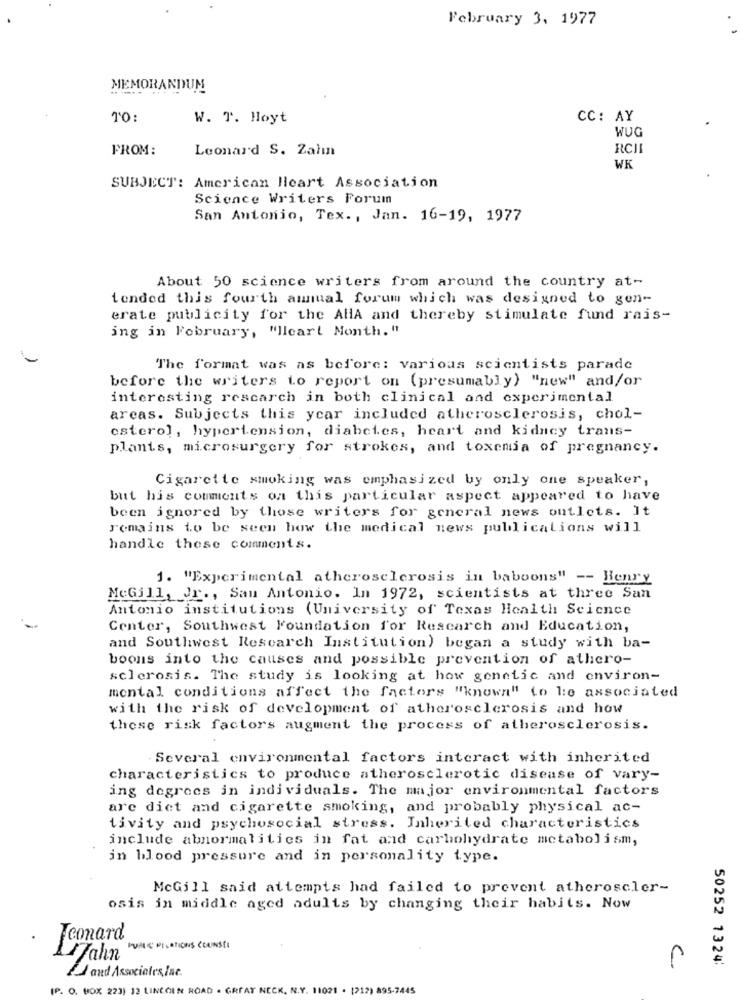
February 3, 1977
MEMORANDUM
TO:
W. T. Hoyt
CC: AY
WUG
FROM:
Leonard S. Zahn
RCII
WK
SUBJECT: American Heart Association
Science Writers Forum
San Antonio, Tex ., Jan. 16-19, 1977
About 50 science writers from around the country at-
tended this fourth annual forum which was designed to gen-
erate publicity for the AHA and thereby stimulate fund rais-
ing in February, "Ilcart Month. "
The format was as before: Various scientists parade
before the writers to report on (presumably) "new" and/or
interesting rescarch in both clinical and experimental
areas. Subjects this year included atherosclerosis, chol-
esterol, hypertension, diabetes, heart and kidney trans-
plants, microsurgery for strokes, and toxemia of pregnancy.
Cigarette smoking was emphasized by only one speaker,
but his comments on this particular aspect appeared to have
been ignored by those writers for general news outlets. It
remains to be seen how the medical news publications will
handle these comments.
1. "Experimental atherosclerosis in baboons" -- Henry
McGill, Jr ., San Antonio. In 1972, scientists at three San
Antonio institutions (University of Texas Health Science
Center, Southwest Foundation for Research and Education,
and Southwest Research Institution) began a study with ba-
boons into the causes and possible prevention of athero-
sclerosis. The study is looking at how genetic and environ-
mental conditions affect the factors "known" to be associated
with the risk of development of atherosclerosis and how
these risk factors augment the process of atherosclerosis.
Several environmental factors interact with inherited
characteristics to produce atherosclerotic disease of vary-
ing degrees in individuals. The major environmental factors
are diet and cigarette smoking, and probably physical ac-
tivity and psychosocial stress. Inherited characteristics
include abnormalities in fat and carbohydrate metabolism,
in blood pressure and in personality type.
McGill said attempts had failed to prevent atheroscler-
osis in middle aged adults by changing their habits. Now
Leonard
FURLE PILATIONS COUNSEL
Lahn
50252 1324:
C.
11 and Associates, Inc.
[P. O. BOX 223) 12 LINCOLN ROAD . GREAT NECK, N.Y. 11021 . [212) 895-7445